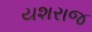
યશરાજ